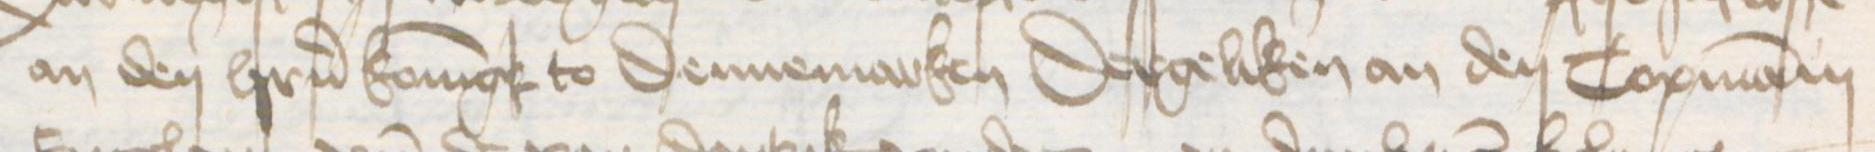
Transcription: an den herrn Koningk to Dennemarken Dergeliken an den Copmanni